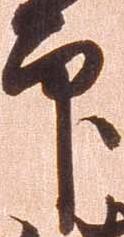
印